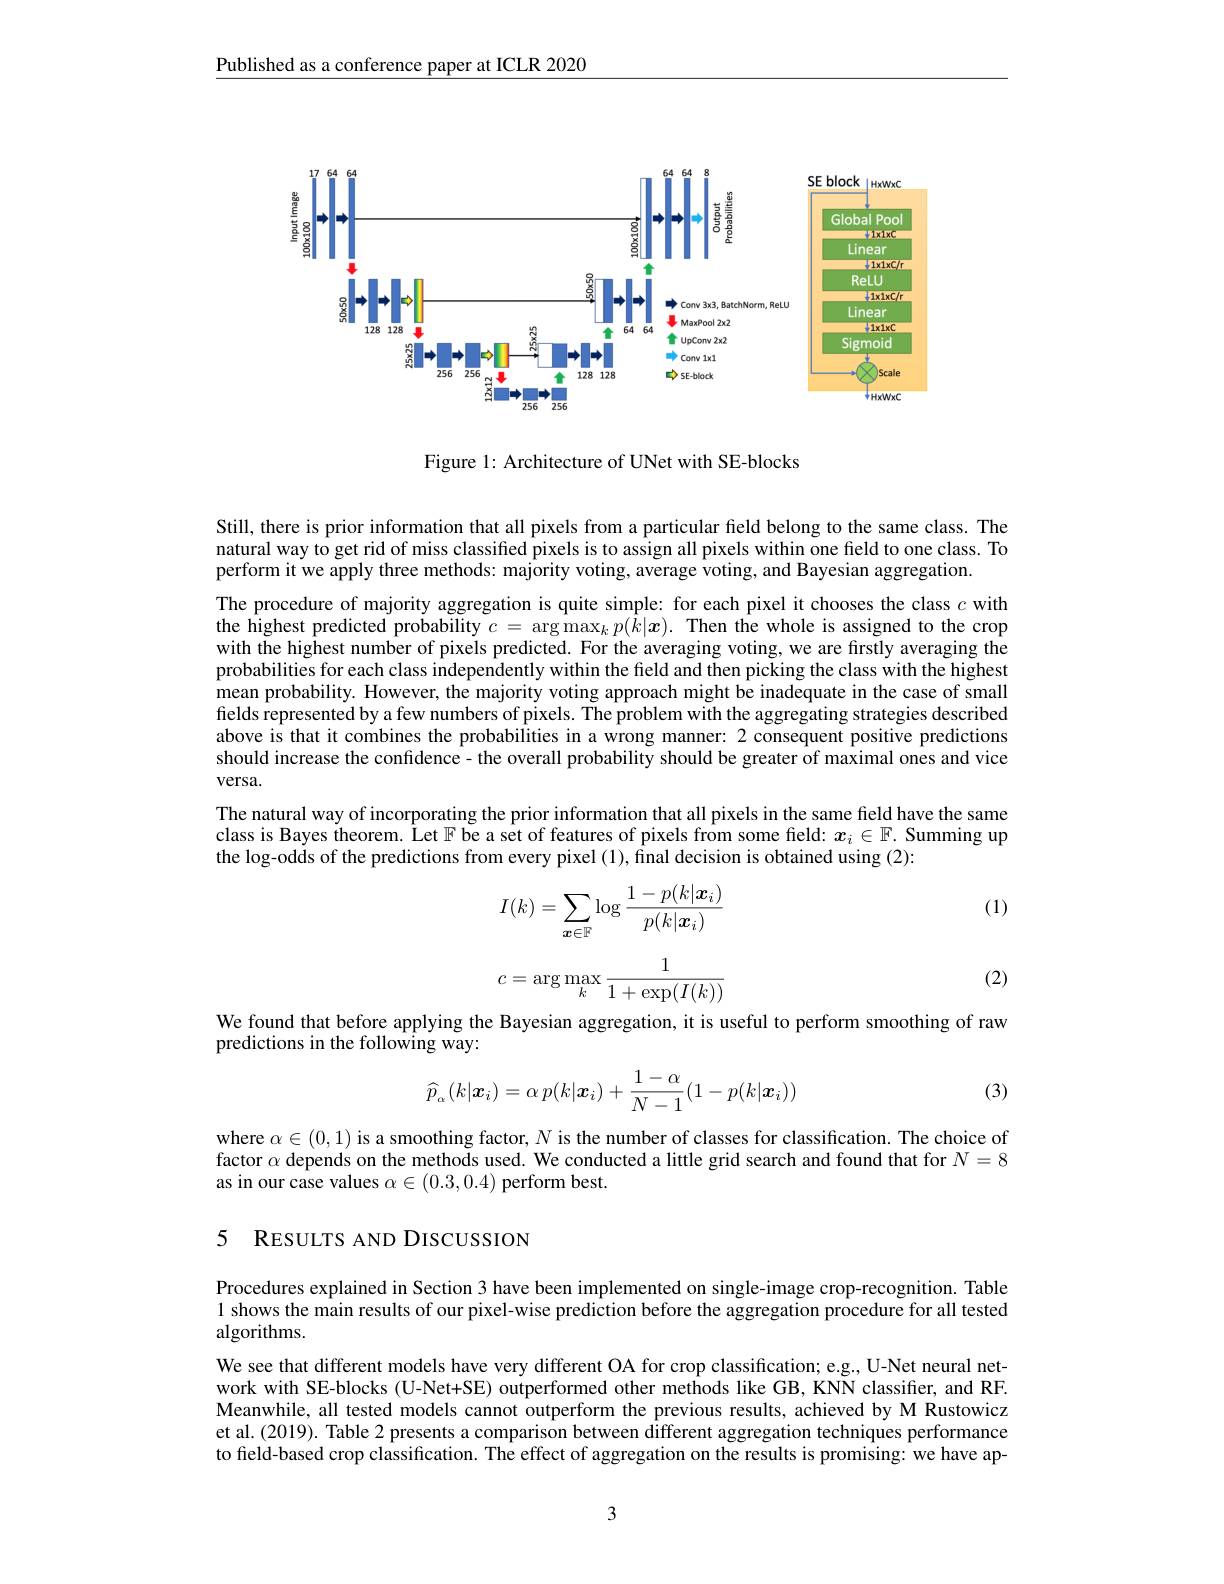
Published as a conference paper at ICLR 2020

<FigureHere>

Figure 1: Architecture of UNet with SE-blocks

Still, there is prior information that all pixels from a particular field belong to the same class. The natural way to get rid of miss classified pixels is to assign all pixels within one field to one class. To perform it we apply three methods: majority voting, average voting, and Bayesian aggregation.

The procedure of majority aggregation is quite simple: for each pixel it chooses the class $c$ with the highest predicted probability $c=\arg\max_kp(\hat{k}|\boldsymbol{x}).$ Then the whole is assigned to the crop with the highest number of pixels predicted. For the averaging voting, we are firstly averaging the probabilities for each class independently within the feld and then picking the class with the highest mean probability. However, the majority voting approach might be inadequate in the case of small fields represented by a few numbers of pixels. The problem with the aggregating strategies described above is that it combines the probabilities in a wrong manner: 2 consequent positive predictions should increase the confidence - the overall probability should be greater of maximal ones and vice versa.
The natural way of incorporating the prior information that all pixels in the same field have the same class is Bayes theorem. Let $\mathbb{F}$ be a set of features of pixels from some feld: $\boldsymbol{x}_i\in\mathbb{F}.$ Summing up the log-odds of the predictions from every pixel (1), final decision is obtained using (2):

(1)
$$\begin{aligned}I(k)=\sum_{\boldsymbol{x}\in\mathbb{F}}\log\frac{1-p(k|\boldsymbol{x}_i)}{p(k|\boldsymbol{x}_i)}\end{aligned}$$
$$c=\arg\max_k\frac{1}{1+\exp(I(k))}$$
(2)

We found that before applying the Bayesian aggregation, it is useful to perform smoothing of raw
predictions in the following way:

(3)
$$\widehat p_\alpha(k|\boldsymbol{x}_i)=\alpha\:p(k|\boldsymbol{x}_i)+\frac{1-\alpha}{N-1}(1-p(k|\boldsymbol{x}_i))$$
where $\alpha\in(0,1)$ is a smoothing factor, $N$ is the number of classes for classification. The choice of factor $\alpha$ depends on the methods used. We conducted a little grid search and found that for $N=8$ as in our case values $\alpha\in(0.3,0.4)$ perform best.

## 5 RESULTS AND DISCUSSION

Procedures explained in Section 3 have been implemented on single-image crop-recognition. Table 1 shows the main results of our pixel-wise prediction before the aggregation procedure for all tested algorithms.

We see that different models have very different OA for crop classification; e.g., U-Net neural network with SE-blocks (U-Net+SE) outperformed other methods like GB, KNN classifier, and RF. Meanwhile, all tested models cannot outperform the previous results, achieved by M Rustowicz et al. (2019). Table 2 presents a comparison between different aggregation techniques performance to field-based crop classification. The effect of aggregation on the results is promising: we have ap-

3